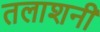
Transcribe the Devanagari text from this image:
तलाशनी